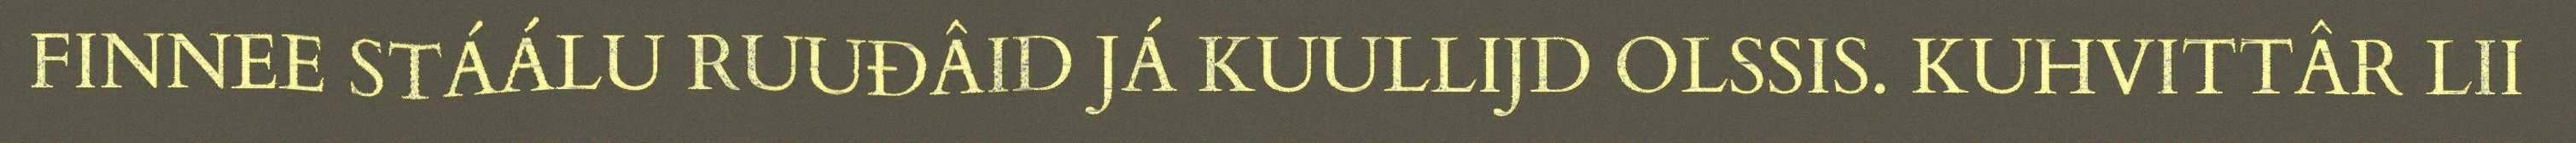
FINNEE STÁÁLU RUUĐÂID JÁ KUULLIJD OLSSIS. KUHVITTÂR LII